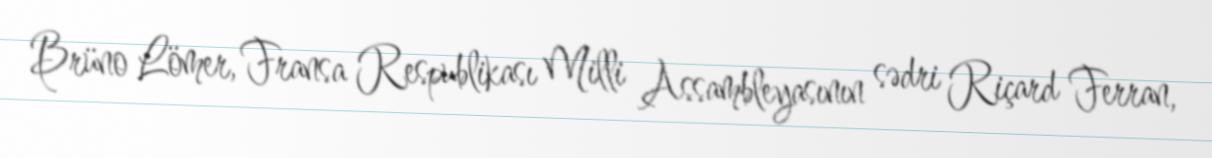
Brüno Lömer, Fransa Respublikası Milli Assambleyasının sədri Riçard Ferran,